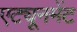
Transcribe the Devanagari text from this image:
एट्यूनमेंट